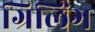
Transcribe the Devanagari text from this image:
ग्रिलिंग